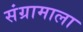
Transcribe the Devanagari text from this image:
संग्रामाला